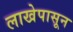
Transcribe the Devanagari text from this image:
लाखेपासून